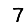
Digit: 7